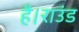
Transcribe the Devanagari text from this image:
है।राउंड